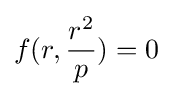
f(r,{\frac {r^{2}}{p}})=0